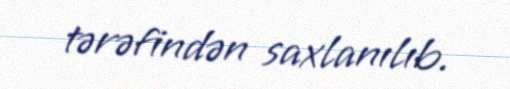
tərəfindən saxlanılıb.